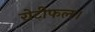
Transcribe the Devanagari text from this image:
रोटीफल।